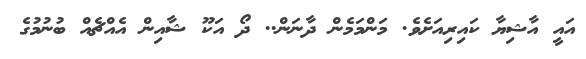
އައީ އާޝިޔާ ކައިރިއަށެވެ. މަންމަމެން ދާނަން.. ދޯ އަކޫ ޝާއިން އެއްޗެއް ބުނުމުގެ